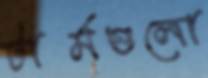
টার্মগুলো